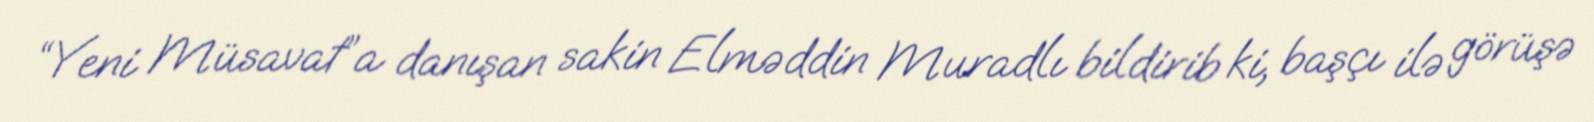
“Yeni Müsavat”a danışan sakin Elməddin Muradlı bildirib ki, başçı ilə görüşə